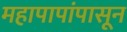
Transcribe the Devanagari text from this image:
महापापांपासून